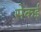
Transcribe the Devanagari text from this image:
सेकई